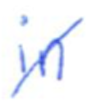
Text: in
Cross-out: diagonal
Writing tool: ballpoint